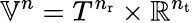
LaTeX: {\mathbb{V}}^{n}=T^{n_{\mathrm{r}}}\times{\mathbb{R}}^{n_{\mathrm{t}}}